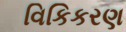
વિકિકરણ